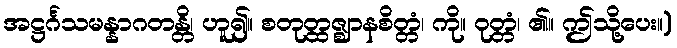
အဋ္ဌင်္ဂသမန္နာဂတန္တိ၊ ဟူ၍။ စတုတ္ထဇ္ဈာနစိတ္တံ၊ ကို။ ဝုတ္တံ၊ ၏။ ဤသို့ပေး။)